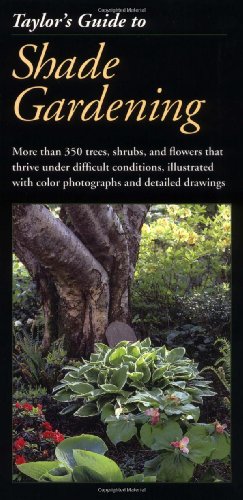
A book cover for Taylor's Guide to Shade Gardening: More Than 350 Trees, Shrubs, and Flowers That Thrive Under Difficult Conditions, Illustrated with Color Photographs and Detailed Drawings (Taylor's Guides); Crafts, Hobbies & Home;